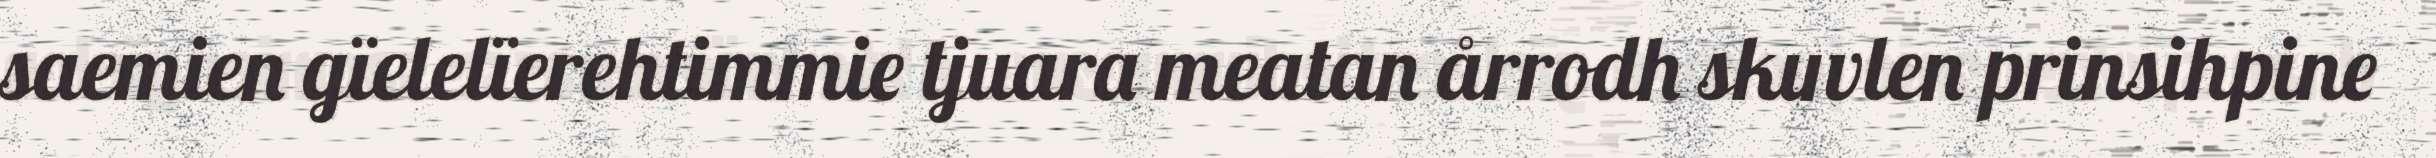
saemien gïelelïerehtimmie tjuara meatan årrodh skuvlen prinsihpine